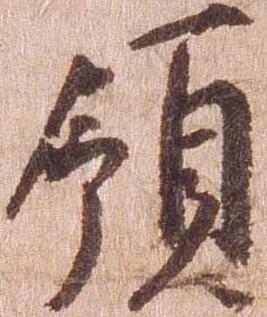
領